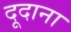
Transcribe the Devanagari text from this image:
दूदाना